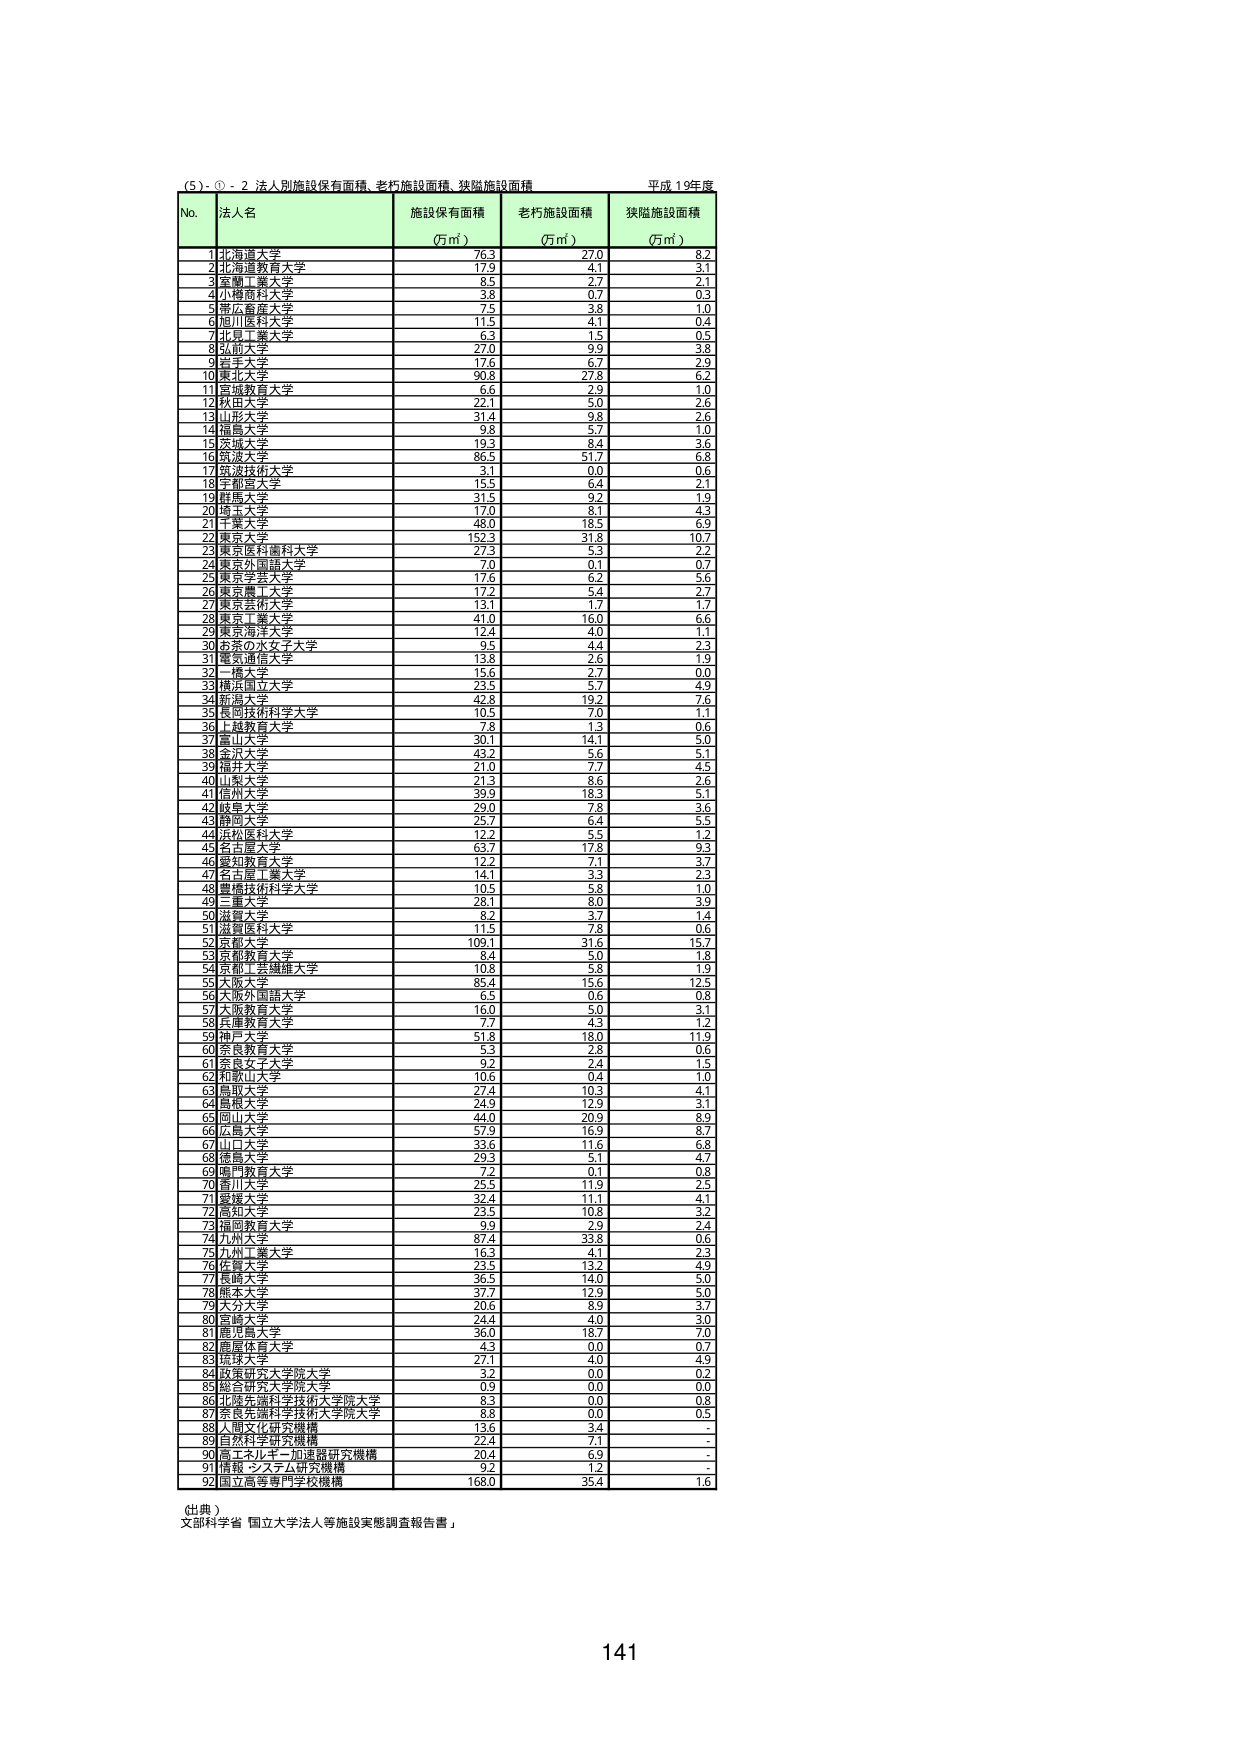
(5)・①-2 法人別施設保有面積、老朽施設面積、狭隘施設面積 平成19年度

No. 法人名 施設保有面積（万㎡） 老朽施設面積（万㎡） 狭隘施設面積（万㎡）

1 北海道大学 76.3 27.0 8.2
2 北海道教育大学 17.9 4.1 3.1
3 軍事工業大学 8.5 2.7 2.1
4 小樽商科大学 3.8 0.7 0.3
5 帯広畜産大学 7.5 3.8 1.0
6 旭川医科大学 11.5 4.1 0.4
7 北見工業大学 6.3 1.5 0.5
8 弘前大学 27.0 3.9 3.8
9 青森大学 17.6 6.7 2.9
10 東北大学 90.8 27.8 6.2
11 宮城教育大学 6.6 2.9 1.0
12 秋田大学 22.1 5.0 2.6
13 山形大学 31.4 9.8 2.6
14 福島大学 9.8 5.7 1.0
15 茨城大学 19.3 8.4 3.6
16 筑波大学 86.5 51.7 6.8
17 筑波技術大学 3.1 0.0 0.6
18 宇都宮大学 15.5 6.4 2.1
19 群馬大学 31.5 9.2 1.9
20 埼玉大学 17.0 8.1 4.3
21 千葉大学 48.0 18.5 6.9
22 東京大学 152.3 31.8 10.7
23 東京医科歯科大学 27.3 5.3 2.2
24 東京外国語大学 7.0 0.1 0.7
25 東京学芸大学 17.6 6.2 5.6
26 東京農工大学 17.2 5.4 2.7
27 東京芸術大学 13.1 1.7 1.7
28 東京工業大学 41.0 16.0 6.6
29 東京海洋大学 12.4 4.0 1.1
30 お茶の水女子大学 9.5 4.4 2.3
31 電気通信大学 13.8 2.6 1.9
32 橋本大学 15.6 2.7 0.0
33 横浜国立大学 23.5 5.7 4.9
34 慶應義塾大学 42.8 19.2 7.6
35 長岡技術科学大学 10.5 7.0 1.1
36 上越教育大学 7.8 1.3 0.6
37 富山大学 30.1 14.1 5.0
38 金沢大学 43.2 5.6 5.1
39 福井大学 21.0 7.7 4.5
40 川崎大学 21.3 8.6 2.6
41 信州大学 39.9 18.3 5.1
42 岐阜大学 29.0 7.8 3.6
43 静岡大学 25.7 6.4 5.5
44 浜松医科大学 12.2 5.5 1.2
45 名古屋大学 63.7 17.8 9.3
46 愛知教育大学 12.2 7.1 3.7
47 名古屋工業大学 14.1 3.3 2.3
48 豊橋技術科学大学 10.5 5.8 1.0
49 三重大学 28.1 8.0 3.9
50 滋賀大学 8.2 3.7 1.4
51 滋賀医科大学 11.5 7.8 0.6
52 京都大学 109.1 31.6 15.7
53 京都教育大学 8.4 5.0 1.8
54 京都工芸繊維大学 10.8 5.8 1.9
55 大阪大学 85.4 15.6 12.5
56 大阪外国語大学 6.5 0.6 0.8
57 大阪教育大学 16.0 5.0 3.1
58 兵庫教育大学 7.7 4.3 1.2
59 神戸大学 51.8 18.0 11.9
60 奈良教育大学 5.3 2.8 0.6
61 奈良女子大学 9.2 2.4 1.5
62 和歌山大学 10.6 0.4 1.0
63 鳥取大学 27.4 10.3 4.1
64 島根大学 24.9 12.9 3.1
65 岡山大学 44.0 20.9 8.9
66 広島大学 57.9 16.9 8.7
67 山口大学 33.6 11.6 6.8
68 徳島大学 29.3 5.1 4.7
69 鳴門教育大学 7.2 0.1 0.8
70 香川大学 25.5 11.9 2.5
71 愛媛大学 32.4 11.1 4.1
72 高知大学 23.5 10.8 3.2
73 福岡教育大学 9.9 2.9 2.4
74 九州大学 87.4 33.8 0.6
75 九州工業大学 16.3 4.1 2.3
76 佐賀大学 23.5 13.2 4.9
77 長崎大学 36.5 14.0 5.0
78 熊本大学 37.7 12.9 5.0
79 大分大学 20.6 8.9 3.7
80 宮崎大学 24.4 4.0 3.0
81 鹿児島大学 36.0 18.7 7.0
82 鹿屋体育大学 4.3 0.0 0.7
83 琉球大学 27.1 4.0 4.9
84 秋田研究大学院大学 3.2 0.0 0.2
85 桐生研究大学院大学 0.9 0.0 0.0
86 北海道科学技術大学院大学 8.3 0.0 0.8
87 奈良先端科学技術大学院大学 8.8 0.0 0.5
88 人間文化研究機構 13.6 3.4 -
89 自然科学研究機構 22.4 7.1 -
90 高エネルギー加速器研究機構 20.4 6.9 -
91 情報・システム研究機構 9.2 1.2 -
92 国立高等専門学校機構 168.0 35.4 1.6

（出典）
文部科学省「国立大学法人等施設実態調査報告書」

141